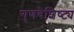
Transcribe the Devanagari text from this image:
गुणवैशिष्ट्य